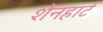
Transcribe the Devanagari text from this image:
शेनहार्ट